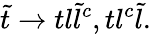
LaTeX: {\tilde{t}}\rightarrow tl{\tilde{l}}^{c},tl^{c}{\tilde{l}}.